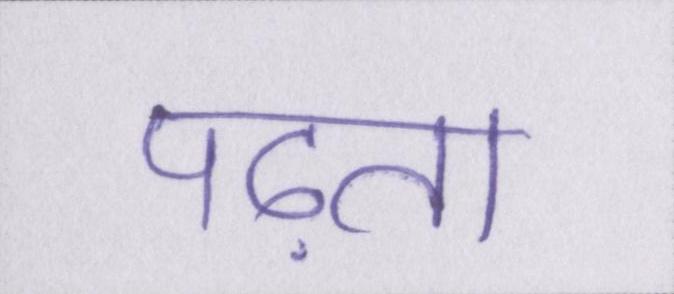
पढ़ता